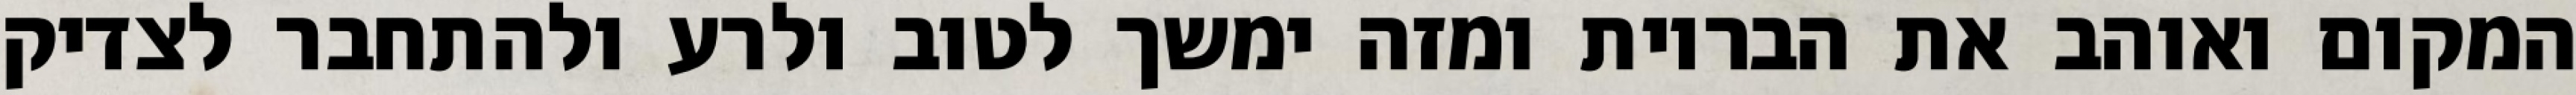
המקום ואוהב את הבריות ומזה ימשך לטוב ולרע ולהתחבר לצדיק